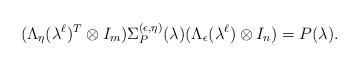
LaTeX: \begin{align*}(\Lambda_\eta(\lambda^\ell)^T\otimes I_m)\Sigma_{P}^{(\epsilon,\eta)}(\lambda)(\Lambda_{\epsilon}(\lambda^\ell)\otimes I_n) = P(\lambda).\end{align*}